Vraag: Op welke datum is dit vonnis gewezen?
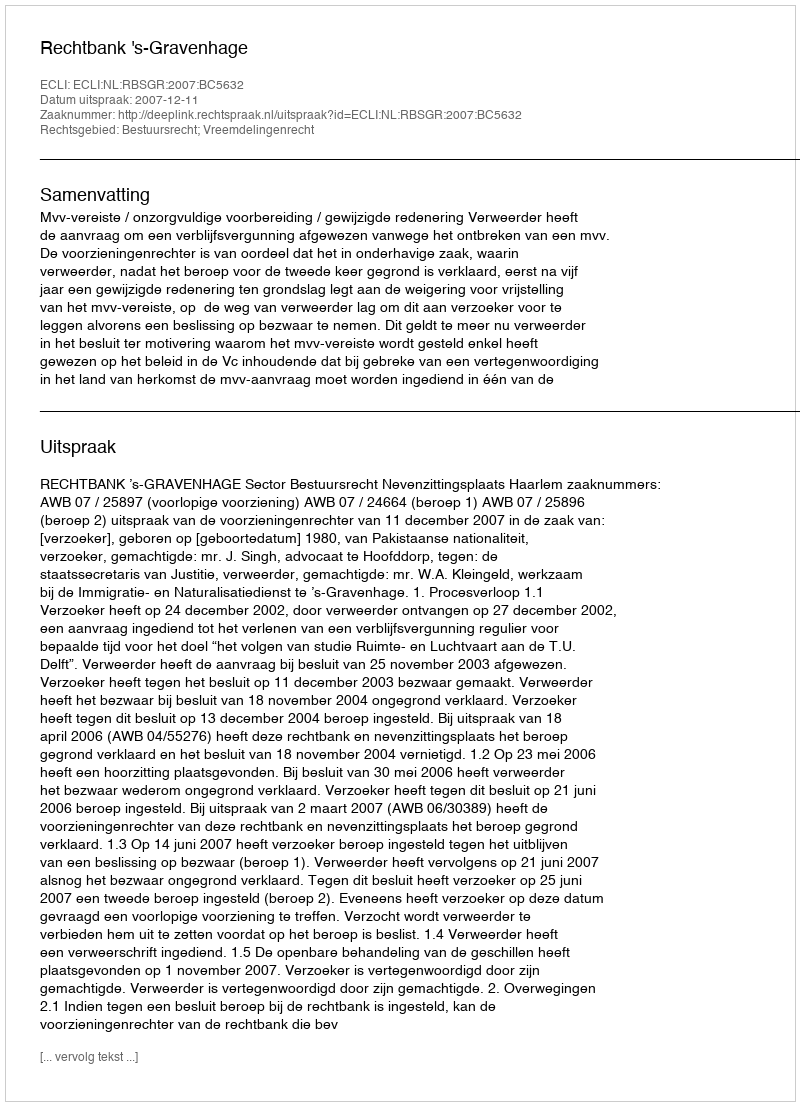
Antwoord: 2007-12-11